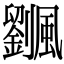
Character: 𩙔